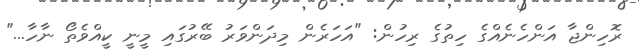
ރޮހިންޖާ އަންހެނެއްގެ ހިތުގެ ރިހުން: "އަހަރެން މިދަންވަރު ބޭރުގައި މީނީ ކީއްވެތޯ ނާހާ..."